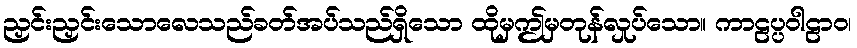
ညှင်းညှင်းသောလေသည်ခတ်အပ်သည်ရှိသော ထိုမှဤမှတုန်လှုပ်သော။ ကာဠပ္ပဝါဠာဝ၊